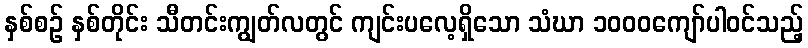
နှစ်စဉ် နှစ်တိုင်း သီတင်းကျွတ်လတွင် ကျင်းပလေ့ရှိသော သံဃာ ၁၀၀၀ကျော်ပါဝင်သည့်